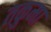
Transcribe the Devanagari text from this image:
तकुमा